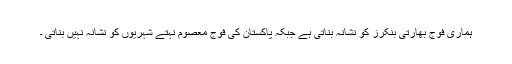
ہماری فوج بھارتی بنکرز کو نشانہ بناتی ہے جبکہ پاکستان کی فوج معصوم نہتے شہریوں کو نشانہ نہیں بناتی ۔